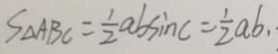
S _ { \Delta } A B C = \frac { 1 } { 2 } a b \sin c = \frac { 1 } { 2 } a b . .